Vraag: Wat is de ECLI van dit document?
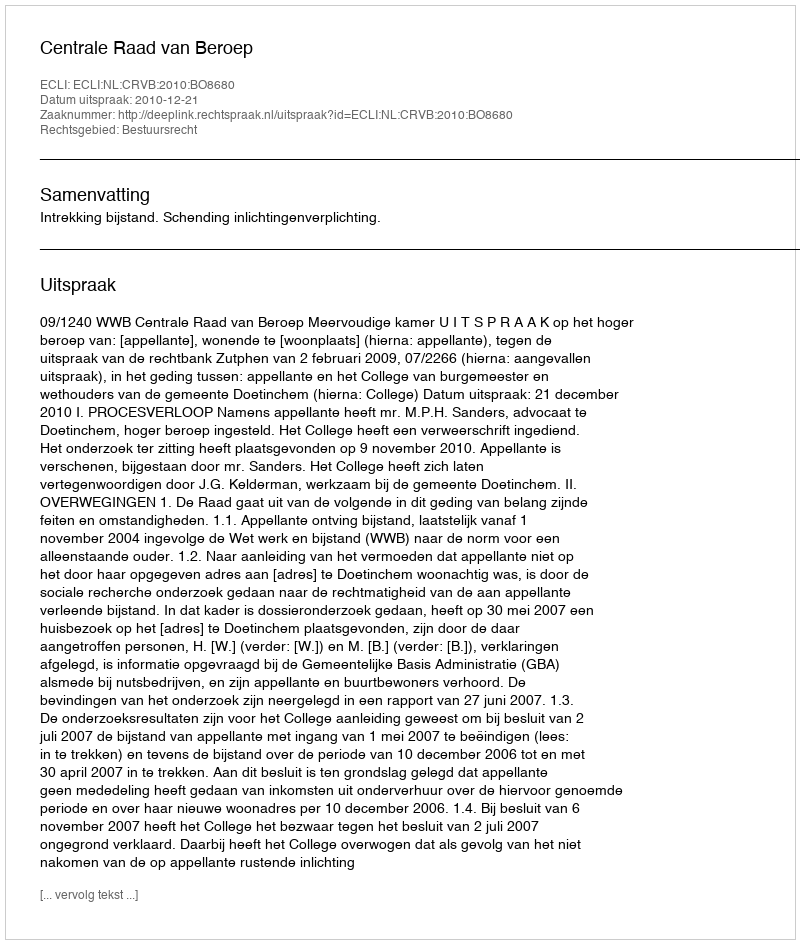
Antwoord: ECLI:NL:CRVB:2010:BO8680